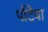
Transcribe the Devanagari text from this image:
पोंटेबा